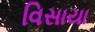
વિસાયા